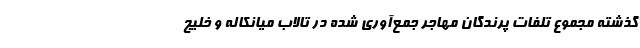
گذشته مجموع تلفات پرندگان مهاجر جمع‌آوری شده در تالاب میانکاله و خلیج